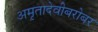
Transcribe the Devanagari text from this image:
अमृतादेवीबरोबर